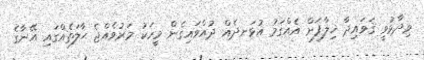
ވިދާޅުވީ ޤަވައިދާ ޚިލާފަށް އެއްގަމު އުޅަނދެއް ދުއްވައިގެން މީހަކު މަރުވެއްޖެ ޙާލަތެއްގައި އޭނާގެ